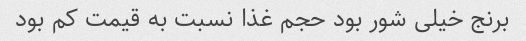
برنج خیلی شور بود حجم غذا نسبت به قیمت کم بود